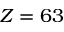
Z = 6 3